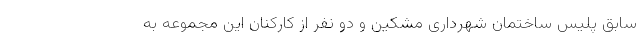
سابق پلیس ساختمان شهرداری مشکین و دو نفر از کارکنان این مجموعه به